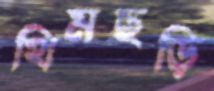
থিমছড়ি